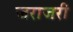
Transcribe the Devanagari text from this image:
जराजरी